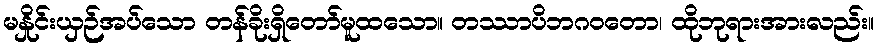
မနှိုင်းယှဉ်အပ်သော တန်ခိုးရှိတော်မူထသော။ တဿာပိဘဂဝတော၊ ထိုဘုရားအားလည်း။